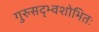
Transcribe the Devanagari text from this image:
गुरुसद्भ्वशोभितः